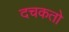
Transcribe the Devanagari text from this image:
दचकतो